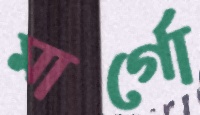
মার্গো